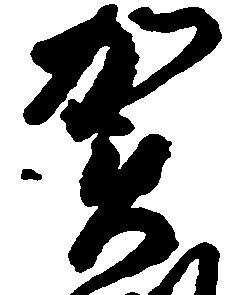
賀